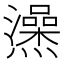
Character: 𤒕